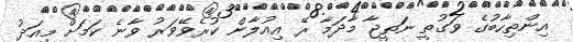
އިންތިހާބުގެ ވަގުތީ ނަތީޖާ މާދަމާ ރޭ އިއުލާން ކުރެވޭވަރު ވާނެ ކަމަށް މިއަދު